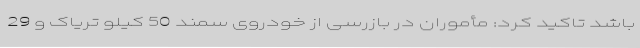
باشد تاکید کرد: مأموران در بازرسی از خودروی سمند 50 کیلو تریاک و 29